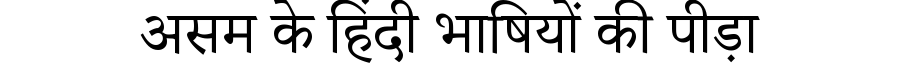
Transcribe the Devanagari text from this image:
असम के हिंदी भाषियों की पीड़ा